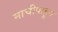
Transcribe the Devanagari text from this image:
माचीपाहून